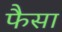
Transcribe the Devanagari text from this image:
फैसा